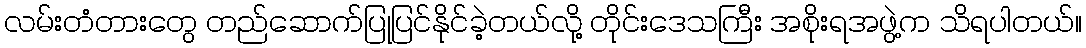
လမ်းတံတားတွေ တည်ဆောက်ပြုပြင်နိုင်ခဲ့တယ်လို့ တိုင်းဒေသကြီး အစိုးရအဖွဲ့က သိရပါတယ်။